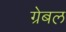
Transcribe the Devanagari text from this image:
ग्रेबल